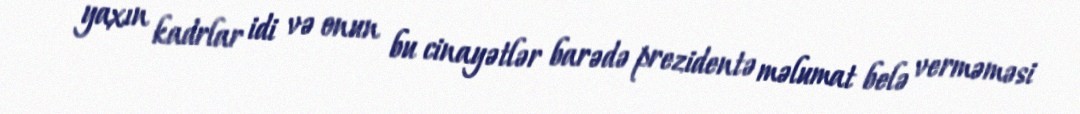
yaxın kadrlar idi və onun bu cinayətlər barədə prezidentə məlumat belə verməməsi